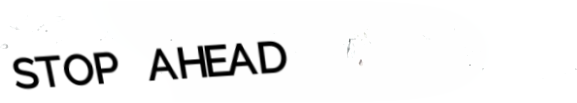
STOP AHEAD